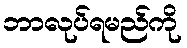
ဘာလုပ်ရမည်ကို